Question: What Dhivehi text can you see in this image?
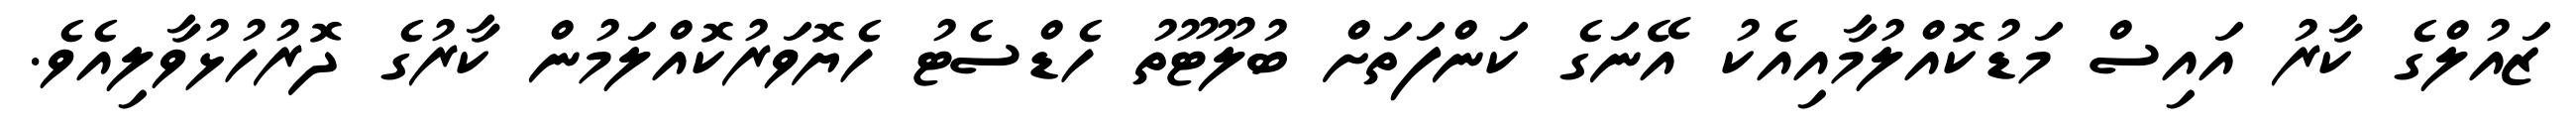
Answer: ޒައުލްގެ ކާރު އައިސް މަޑުކޮއްލުމާއިއެކު އޭނަގެ ކަންފަތަށް ބުލޫޓޫތު ހެޑްސެޓު ހެޔޮވަރުކޮއްލަމުން ކާރުގެ ދޮރުހުޅުވާލިއެވެ.